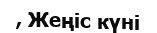
, Жеңіс күні